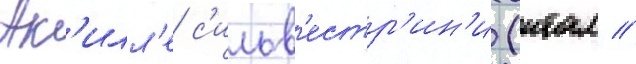
Ак'илл'е с'ильв'естр'ин'и (итал //